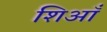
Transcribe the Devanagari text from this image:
शिआँ